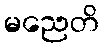
မညေတိ